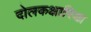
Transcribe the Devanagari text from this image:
दोलकक्षारिया